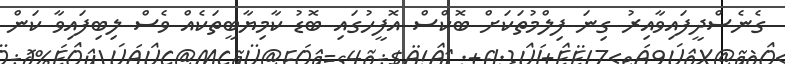
ގެނެސްދީފައިވާއިރު ގިނަ ފިލްމުތަކަށް ބޮކްސް އޮފީހުގައި ބޮޑު ކާމިޔާބީތަކެއް ވެސް ލިބިފައިވާ ކަން